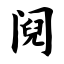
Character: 阋